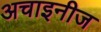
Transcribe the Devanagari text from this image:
अचाइनीज